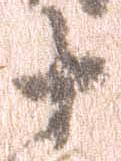
十